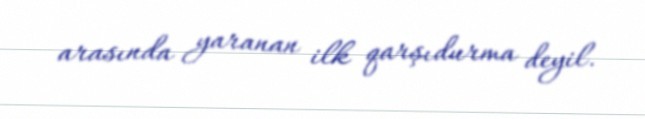
arasında yaranan ilk qarşıdurma deyil.